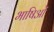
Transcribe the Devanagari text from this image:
भाषिओं